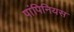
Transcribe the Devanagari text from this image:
पांपिनियस